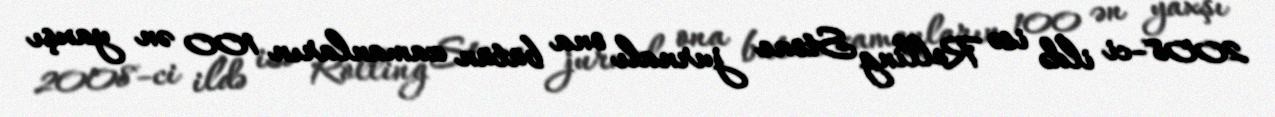
2008-ci ildə isə Rolling Stone jurnalı ona bütün zamanların 100 ən yaxşı